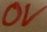
Text: 0V